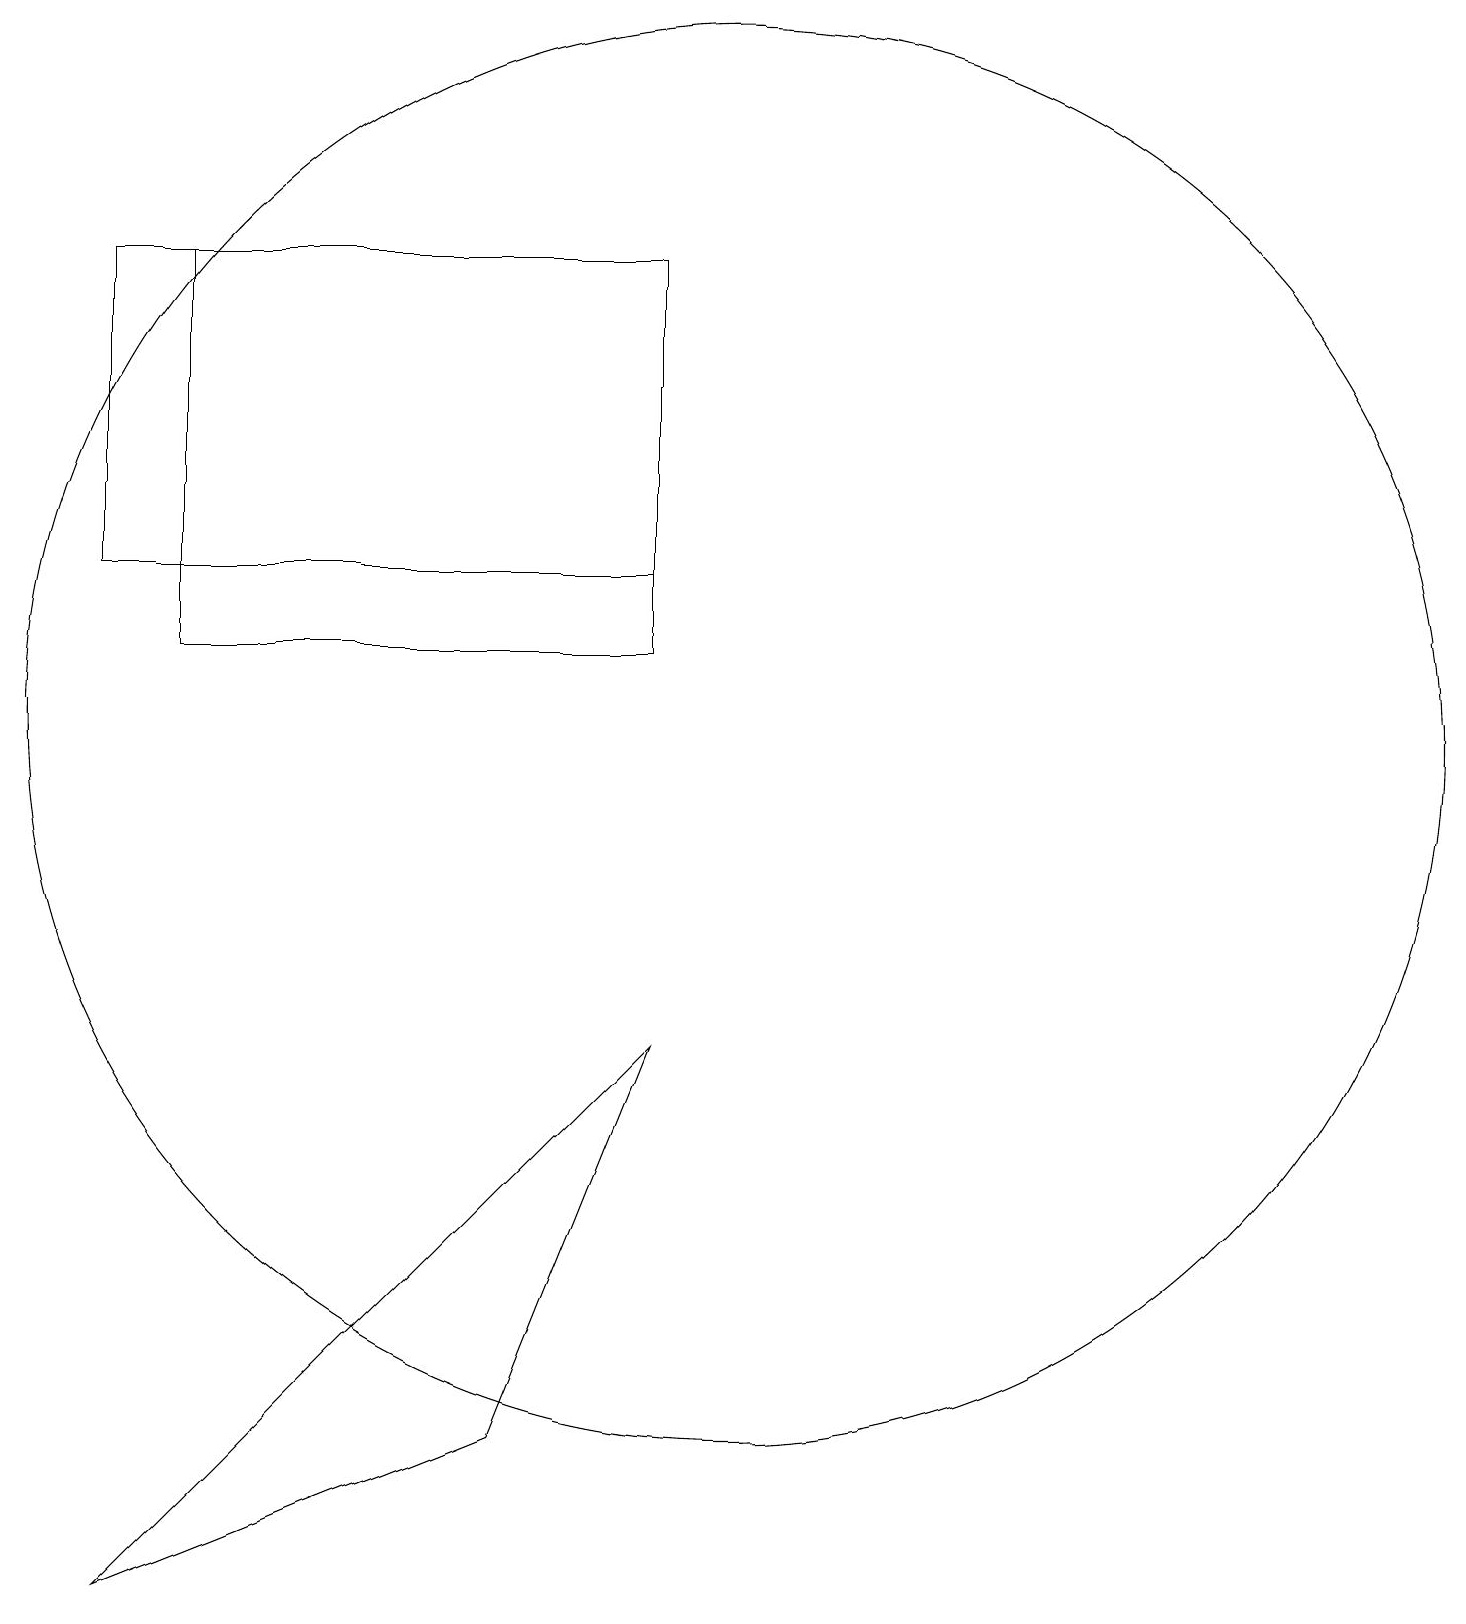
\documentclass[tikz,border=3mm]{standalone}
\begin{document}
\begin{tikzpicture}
\draw (10,11) circle (9);
\draw (2,13) rectangle (9,17);
\draw (9,12) rectangle (3,17);
\draw (9,7) -- (7,2) -- (2,0) -- cycle;
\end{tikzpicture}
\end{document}